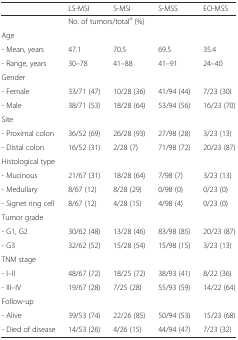
<table><thead><tr><td>[EMPTY_CELL]</td><td><b>LS-MSI</b></td><td><b>S-MSI</b></td><td><b>S-MSS</b></td><td><b>EO-MSS</b></td></tr></thead><tbody><tr><td>[EMPTY_CELL]</td><td colspan="4">No. of tumors/total<sup>a</sup> (%)</td></tr><tr><td>Age</td><td>[EMPTY_CELL]</td><td>[EMPTY_CELL]</td><td>[EMPTY_CELL]</td><td>[EMPTY_CELL]</td></tr><tr><td>- Mean, years</td><td>47.1</td><td>70.5</td><td>69.5</td><td>35.4</td></tr><tr><td>- Range, years</td><td>30–78</td><td>41–88</td><td>41–91</td><td>24–40</td></tr><tr><td>Gender</td><td>[EMPTY_CELL]</td><td>[EMPTY_CELL]</td><td>[EMPTY_CELL]</td><td>[EMPTY_CELL]</td></tr><tr><td>- Female</td><td>33/71 (47)</td><td>10/28 (36)</td><td>41/94 (44)</td><td>7/23 (30)</td></tr><tr><td>- Male</td><td>38/71 (53)</td><td>18/28 (64)</td><td>53/94 (56)</td><td>16/23 (70)</td></tr><tr><td>Site</td><td>[EMPTY_CELL]</td><td>[EMPTY_CELL]</td><td>[EMPTY_CELL]</td><td>[EMPTY_CELL]</td></tr><tr><td>- Proximal colon</td><td>36/52 (69)</td><td>26/28 (93)</td><td>27/98 (28)</td><td>3/23 (13)</td></tr><tr><td>- Distal colon</td><td>16/52 (31)</td><td>2/28 (7)</td><td>71/98 (72)</td><td>20/23 (87)</td></tr><tr><td>Histological type</td><td>[EMPTY_CELL]</td><td>[EMPTY_CELL]</td><td>[EMPTY_CELL]</td><td>[EMPTY_CELL]</td></tr><tr><td>- Mucinous</td><td>21/67 (31)</td><td>18/28 (64)</td><td>7/98 (7)</td><td>3/23 (13)</td></tr><tr><td>- Medullary</td><td>8/67 (12)</td><td>8/28 (29)</td><td>0/98 (0)</td><td>0/23 (0)</td></tr><tr><td>- Signet ring cell</td><td>8/67 (12)</td><td>4/28 (15)</td><td>4/98 (4)</td><td>0/23 (0)</td></tr><tr><td>Tumor grade</td><td>[EMPTY_CELL]</td><td>[EMPTY_CELL]</td><td>[EMPTY_CELL]</td><td>[EMPTY_CELL]</td></tr><tr><td>- G1, G2</td><td>30/62 (48)</td><td>13/28 (46)</td><td>83/98 (85)</td><td>20/23 (87)</td></tr><tr><td>- G3</td><td>32/62 (52)</td><td>15/28 (54)</td><td>15/98 (15)</td><td>3/23 (13)</td></tr><tr><td>TNM stage</td><td>[EMPTY_CELL]</td><td>[EMPTY_CELL]</td><td>[EMPTY_CELL]</td><td>[EMPTY_CELL]</td></tr><tr><td>- I–II</td><td>48/67 (72)</td><td>18/25 (72)</td><td>38/93 (41)</td><td>8/22 (36)</td></tr><tr><td>- III–IV</td><td>19/67 (28)</td><td>7/25 (28)</td><td>55/93 (59)</td><td>14/22 (64)</td></tr><tr><td>Follow-up</td><td>[EMPTY_CELL]</td><td>[EMPTY_CELL]</td><td>[EMPTY_CELL]</td><td>[EMPTY_CELL]</td></tr><tr><td>- Alive</td><td>39/53 (74)</td><td>22/26 (85)</td><td>50/94 (53)</td><td>15/23 (68)</td></tr><tr><td>- Died of disease</td><td>14/53 (26)</td><td>4/26 (15)</td><td>44/94 (47)</td><td>7/23 (32)</td></tr></tbody></table>